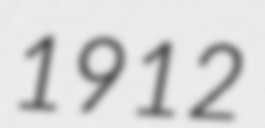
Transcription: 1912